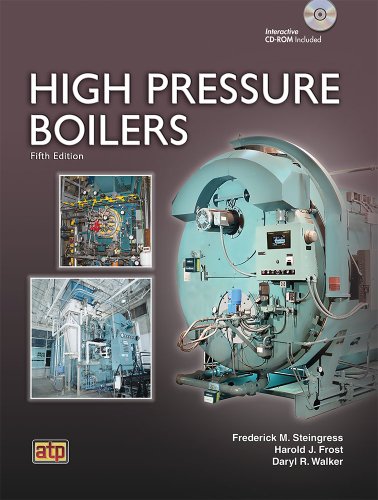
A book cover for High Pressure Boilers; Frederick M. Steingress; Engineering & Transportation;